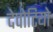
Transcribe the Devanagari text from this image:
देवोटियो